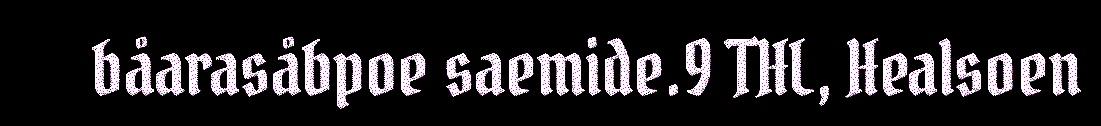
båarasåbpoe saemide.9 THL, Healsoen